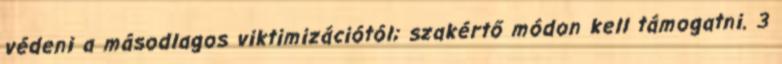
védeni a másodlagos viktimizációtól; szakértő módon kell támogatni. 3